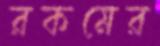
রকমের